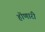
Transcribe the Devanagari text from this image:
हॊणारी